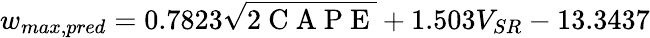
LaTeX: w_{max,pred}=0.7823\sqrt{2\mathrm{~C~A~P~E~}}+1.503V_{SR}-13.3437